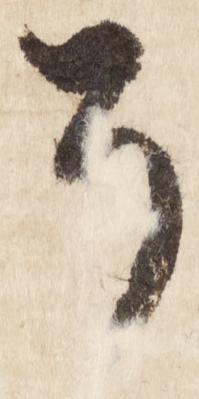
そ